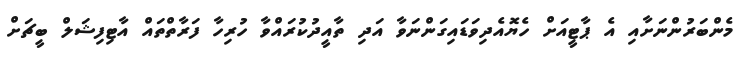
މެންބަރުންނަށާއި އެ ޕާޓީއަށް ހެޔޮއެދިވަޑައިގަންނަވާ އަދި ތާއީދުކުރައްވާ ހުރިހާ ފަރާތްތައް އާޓިފިޝަލް ބީޗަށް